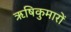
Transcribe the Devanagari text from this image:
ऋषिकुमारों